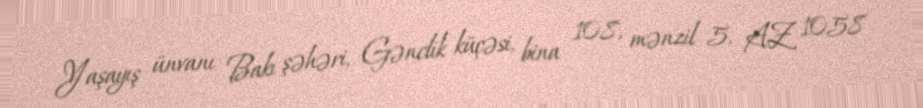
Yaşayış ünvanı Bakı şəhəri, Gənclik küçəsi, bina 108, mənzil 5, AZ 1058